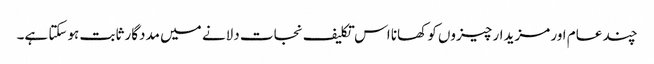
چند عام اور مزیدار چیزوں کو کھانا اس تکلیف نجات دلانے میں مددگار ثابت ہوسکتا ہے۔